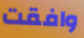
وافقت